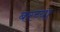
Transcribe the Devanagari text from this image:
बरच्या